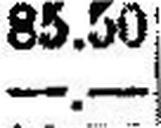
—.—